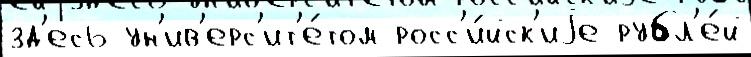
зд'есь ун'ив'ерс'ит'е́том росс'и́йск'иjе рубл'е́й